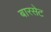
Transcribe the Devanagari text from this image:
बारसेट